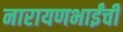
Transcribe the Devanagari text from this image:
नारायणभाईंची